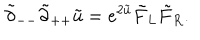
\tilde { \partial } _ { -- } \tilde { \partial } _ { + + } \tilde { u } = e ^ { 2 \tilde { u } } \tilde { F } _ { L } \tilde { F } _ { R } .